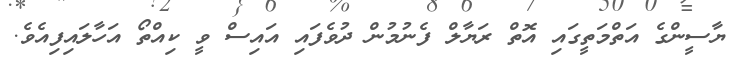
ޔާސީންގެ އަތްމަތީގައި އޮތް ރަޔާލް ފެނުމުން ދުވެފައި އައިސް ވީ ކިއްތޯ އަހާލައިފިއެވެ.